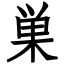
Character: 巣